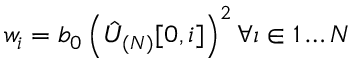
w _ { i } = b _ { 0 } \left( \hat { U } _ { ( N ) } [ 0 , i ] \right) ^ { 2 } \forall \i \in 1 \ldots N